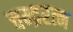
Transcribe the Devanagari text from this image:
चन्द्ररत्न